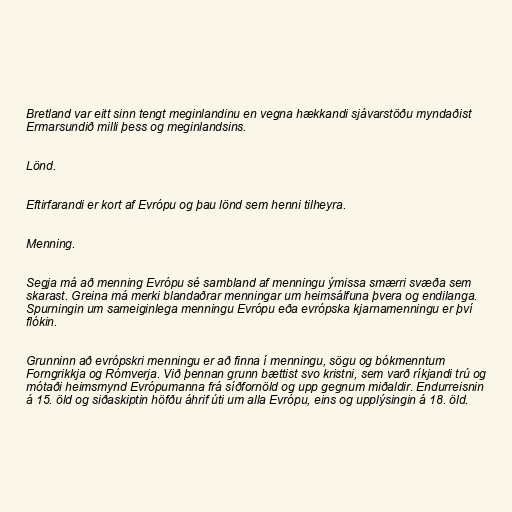
Bretland var eitt sinn tengt meginlandinu en vegna hækkandi sjávarstöðu myndaðist
Ermarsundið milli þess og meginlandsins.

Lönd.

Eftirfarandi er kort af Evrópu og þau lönd sem henni tilheyra.

Menning.

Segja má að menning Evrópu sé sambland af menningu ýmissa smærri svæða sem
skarast. Greina má merki blandaðrar menningar um heimsálfuna þvera og endilanga.
Spurningin um sameiginlega menningu Evrópu eða evrópska kjarnamenningu er því
flókin.

Grunninn að evrópskri menningu er að finna í menningu, sögu og bókmenntum
Forngrikkja og Rómverja. Við þennan grunn bættist svo kristni, sem varð ríkjandi trú og
mótaði heimsmynd Evrópumanna frá síðfornöld og upp gegnum miðaldir. Endurreisnin
á 15. öld og siðaskiptin höfðu áhrif úti um alla Evrópu, eins og upplýsingin á 18. öld.